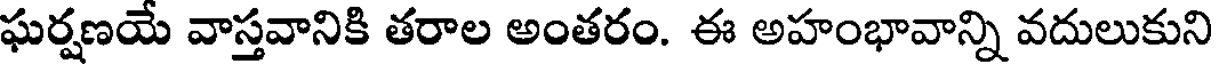
ఘర్షణయే వాస్తవానికి తరాల అంతరం. ఈ అహంభావాన్ని వదులుకుని